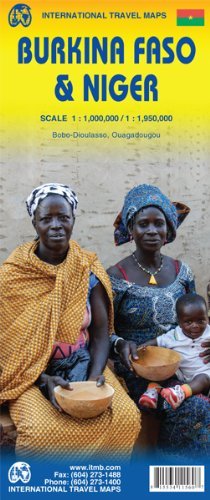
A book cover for By ITMB Canada 1. Burkina Faso & Niger Travel Ref. Map 1:1,000,000/1:1,950,000 (2nd Revised edition) [Map]; Travel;